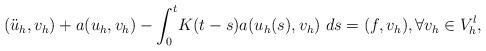
LaTeX: \begin{align*} (\ddot u_h,v_h)+a(u_h,v_h) -\int_0^t\! K(t-s)a(u_h(s),v_h)\ d s=(f,v_h), \forall v_h \in V_h^l, \end{align*}